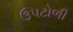
ઉપટોળી